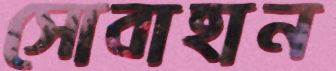
সোবাহান